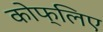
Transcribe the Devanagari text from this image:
कोफ्लिए